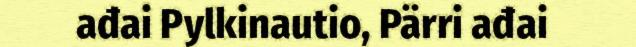
ađai Pylkinautio, Pärri ađai